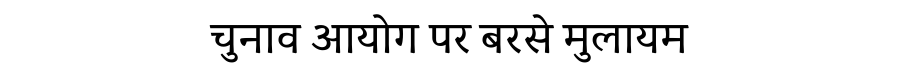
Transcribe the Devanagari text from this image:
चुनाव आयोग पर बरसे मुलायम